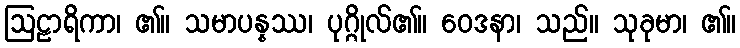
ဩဠာရိကာ၊ ၏။ သမာပန္နဿ၊ ပုဂ္ဂိုလ်၏။ ဝေဒနာ၊ သည်။ သုခုမာ၊ ၏။